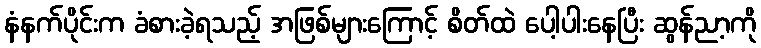
နံနက်ပိုင်းက ခံစားခဲ့ရသည့် အဖြစ်များကြောင့် စိတ်ထဲ ပေါ့ပါးနေပြီး ဆွန်ညာ့ကို